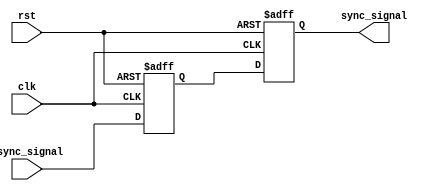
module dual_flip_flop_synchronizer (
    input wire async_signal,  // Input signal from asynchronous clock domain
    input wire clk,           // Clock signal of the target clock domain
    input wire rst,           // Optional reset signal
    output reg sync_signal     // Synchronized output signal
);

// Intermediate signal to hold the output of the first flip-flop
reg sync_signal1;

// First flip-flop: captures the async_signal on the rising edge of clk
always @(posedge clk or posedge rst) begin
    if (rst) begin
        sync_signal1 <= 1'b0; // Reset to known state
    end else begin
        sync_signal1 <= async_signal; // Sample async_signal
    end
end

// Second flip-flop: captures the output of the first flip-flop
always @(posedge clk or posedge rst) begin
    if (rst) begin
        sync_signal <= 1'b0; // Reset to known state
    end else begin
        sync_signal <= sync_signal1; // Sample sync_signal1
    end
end

endmodule